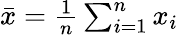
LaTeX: \textstyle{\bar{x}}={\frac{1}{n}}\sum_{i=1}^{n}x_{i}